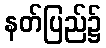
နတ်ပြည်၌